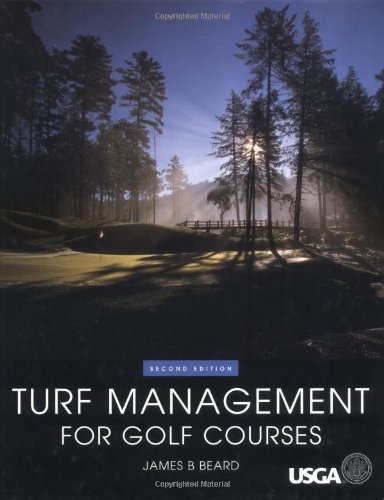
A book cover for Turf Management for Golf Courses, 2nd Edition; James B Beard; Science & Math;